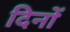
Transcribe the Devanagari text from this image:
दिनों